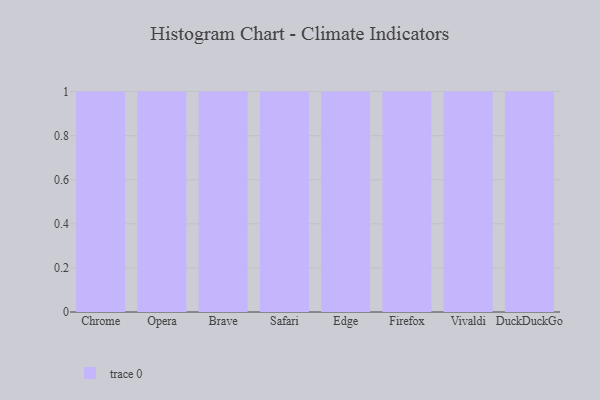
{"axis": {"x": "Browser", "y": "Humidity (%)"}, "legend": [""], "data": [{"x": "Chrome", "y": 61, "type": ""}, {"x": "Opera", "y": 43, "type": ""}, {"x": "Brave", "y": 26, "type": ""}, {"x": "Safari", "y": 90, "type": ""}, {"x": "Edge", "y": 80, "type": ""}, {"x": "Firefox", "y": 58, "type": ""}, {"x": "Vivaldi", "y": 87, "type": ""}, {"x": "DuckDuckGo", "y": 32, "type": ""}]}